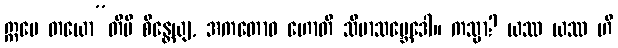
ဣမေ တယော”တိပိ စိန္တေယျ, အကတောဝ ဟောတိ သီမာသမ္ဘေဒေါ။ ကသ္မာ? ယဿ ယဿ ဟိ